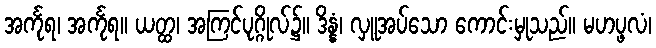
အင်္ကုရ၊ အင်္ကုရ။ ယတ္ထ၊ အကြင်ပုဂ္ဂိုလ်၌။ ဒိန္နံ၊ လှူအပ်သော ကောင်းမှုသည်။ မဟပ္ဖလံ၊